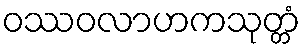
ဝဿဝလာဟကသုတ္တံ